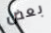
بعض